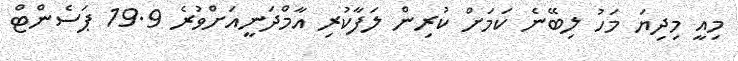
މިއީ މިދިޔަ މަހު ލިބޭނެ ކަމަށް ކުރިން ލަފާކުރި އާމްދަނީއަށްވުރެ 19.9 ޕަސެންޓް